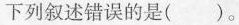
下列叙述错误的是()。